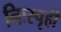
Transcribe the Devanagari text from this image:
निःस्पृही